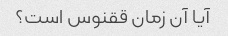
آیا آن زمان ققنوس است؟